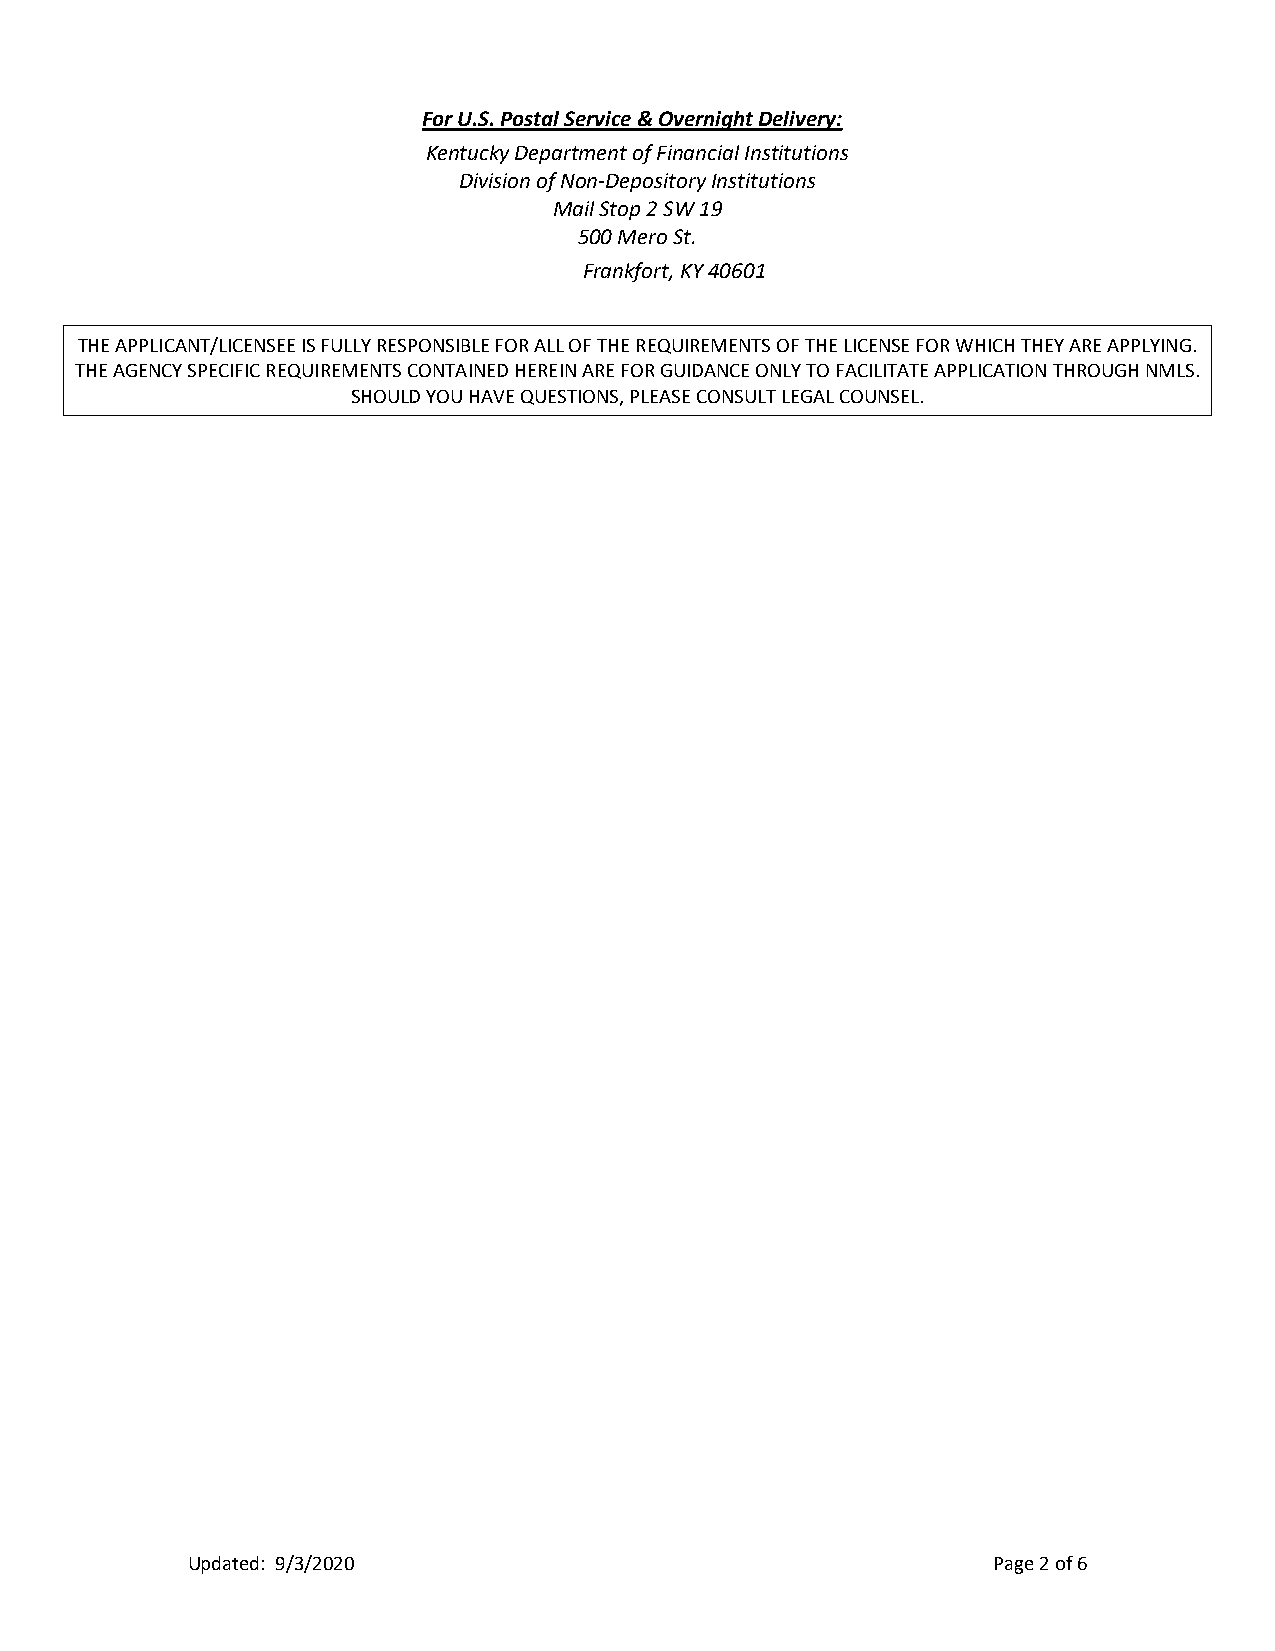
For U.S. Postal Service & Overnight Delivery:
 Kentucky Department of Financial Institutions
 Division of Non-Depository Institutions
 Mail Stop 2 SW 19
 500 Mero St.
 Frankfort, KY 40601
 THE APPLICANT/LICENSEE IS FULLY RESPONSIBLE FOR ALL OF THE REQUIREMENTS OF THE LICENSE FOR WHICH THEY ARE APPLYING.
 THE AGENCY SPECIFIC REQUIREMENTS CONTAINED HEREIN ARE FOR GUIDANCE ONLY TO FACILITATE APPLICATION THROUGH NMLS.
 SHOULD YOU HAVE QUESTIONS, PLEASE CONSULT LEGAL COUNSEL.
 Updated: 9/3/2020                                     Page 2 of 6